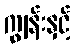
ကျွန်းနှင့်